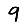
Digit: 9